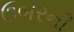
ઉબરની